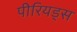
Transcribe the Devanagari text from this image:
पीरियड्स